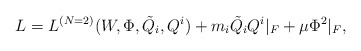
\begin{align*}L= L^{(N=2)}(W, \Phi, {\tilde Q}_i, Q^i) + m_i {\tilde Q}_i Q^i |_F +\mu \Phi^2 |_F,\end{align*}